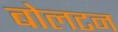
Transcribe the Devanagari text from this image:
बोलटन